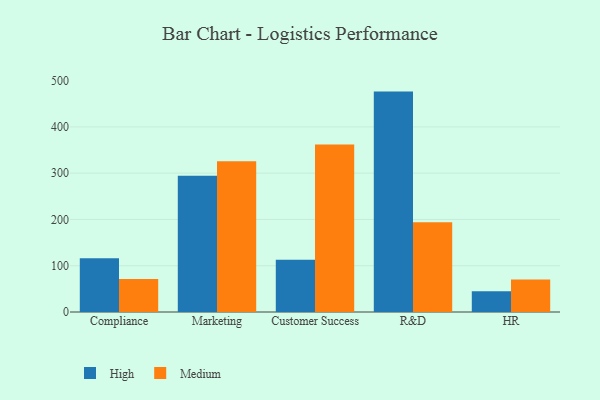
{"axis": {"x": "Department", "y": "Demand Index"}, "legend": ["High", "Medium"], "data": [{"x": "Compliance", "y": 116.4, "type": "High"}, {"x": "Compliance", "y": 71.3, "type": "Medium"}, {"x": "Marketing", "y": 294.7, "type": "High"}, {"x": "Marketing", "y": 325.7, "type": "Medium"}, {"x": "Customer Success", "y": 113.1, "type": "High"}, {"x": "Customer Success", "y": 362.1, "type": "Medium"}, {"x": "R&D", "y": 476.3, "type": "High"}, {"x": "R&D", "y": 193.9, "type": "Medium"}, {"x": "HR", "y": 45.0, "type": "High"}, {"x": "HR", "y": 70.1, "type": "Medium"}]}